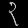
Digit: ၃